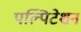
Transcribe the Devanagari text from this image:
पल्पिटेशन